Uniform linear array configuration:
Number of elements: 48
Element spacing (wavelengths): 0.75
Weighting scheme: hamming
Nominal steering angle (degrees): -60
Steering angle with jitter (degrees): -59.386
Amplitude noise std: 0.05
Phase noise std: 0.05

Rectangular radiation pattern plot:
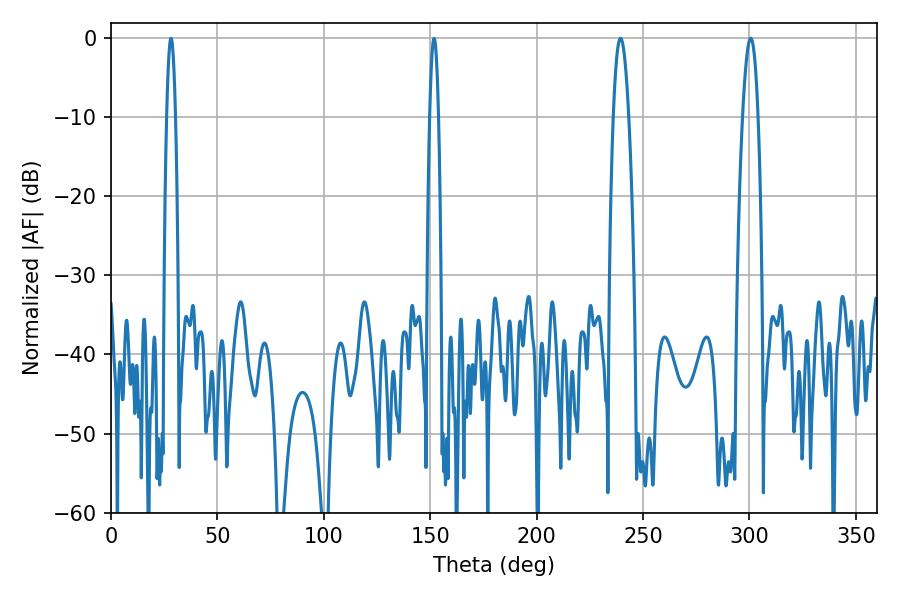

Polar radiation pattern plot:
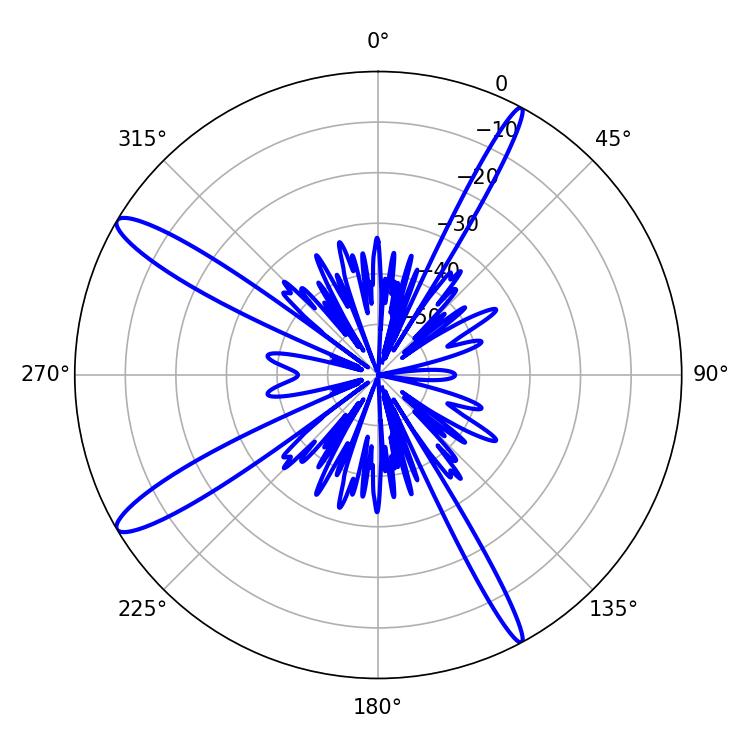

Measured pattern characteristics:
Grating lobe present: TRUE
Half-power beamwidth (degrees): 3.96
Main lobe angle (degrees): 239.4